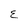
Character: E